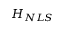
H _ { N L S }